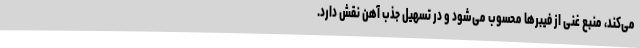
می‌کند، منبع غنی از فیبرها محسوب می‌شود و در تسهیل جذب آهن نقش دارد.